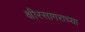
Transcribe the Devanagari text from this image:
क्षीरसागराच्या